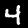
Digit: 4